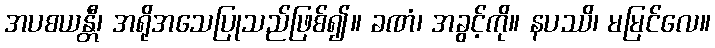
အပစယန္တီ၊ အရိုအသေပြုသည်ဖြစ်၍။ ခဏံ၊ အခွင့်ကို။ နပဿိ၊ မမြင်လေ။